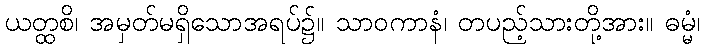
ယတ္ထစိ၊ အမှတ်မရှိသောအရပ်၌။ သာဝကာနံ၊ တပည့်သားတို့အား။ ဓမ္မံ၊